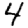
Digit: 4